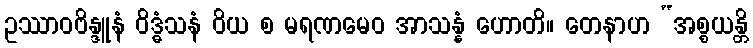
ဥဿာဝဗိန္ဒူနံ ဝိဒ္ဓံသနံ ဝိယ စ မရဏမေဝ အာသန္နံ ဟောတိ။ တေနာဟ “အစ္စယန္တိ